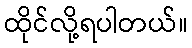
ထိုင်လို့ရပါတယ်။